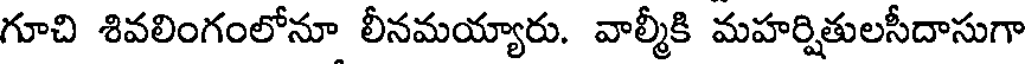
గూచి శివలింగంలోనూ లీనమయ్యారు. వాల్మీకి మహర్షితులసీదాసుగా